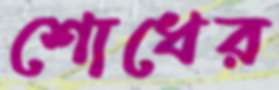
শোধের